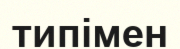
типімен